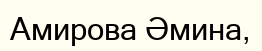
Амирова Әмина,